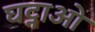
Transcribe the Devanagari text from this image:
घट्नाओ